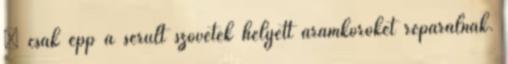
– csak épp a sérült szövetek helyett áramköröket reparálnak.